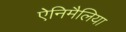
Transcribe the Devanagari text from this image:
ऐनिमैलिया